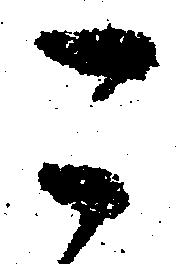
こ